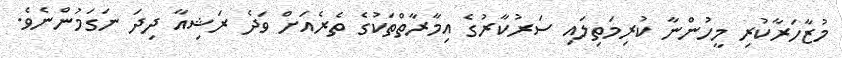
މުޒާހަރާކުރި މީހުންނާ ކުރިމަތިލައި ސަރުކާރުގެ އިމާރާތްތަކުގެ ތެރެއަށް ވަދެ ރަޝިއާ ދިދަ ނަގަމުންނެވެ.